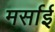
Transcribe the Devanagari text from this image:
मर्साई